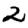
Digit: 2